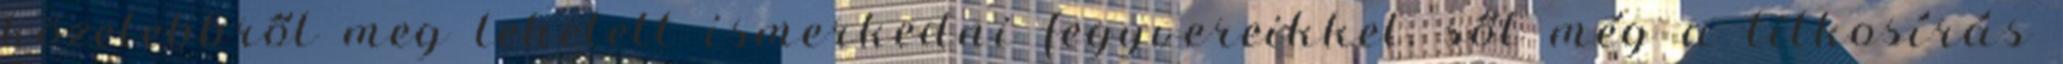
közelebbről meg lehetett ismerkedni fegyvereikkel, sőt még a titkosírás